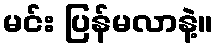
မင်း ပြန်မလာနဲ့။